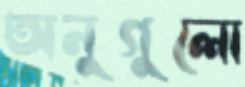
অনুগুলো